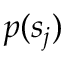
p ( { s } _ { j } )